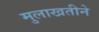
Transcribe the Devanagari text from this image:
मुलाखतीने